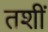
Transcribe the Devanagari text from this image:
तशीं